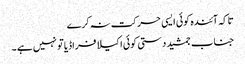
تاکہ آئندہ کوئی ایسی حرکت نہ کرے
جناب جمشید دستی کوئی اکیلا فراڈیا تو نہیں ہے ۔